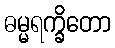
ဓမ္မရက္ခိတော